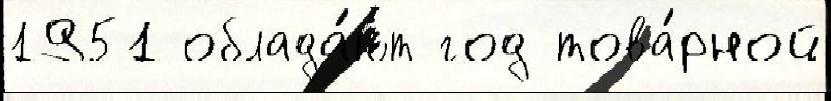
1951 облада́ют год това́рной